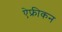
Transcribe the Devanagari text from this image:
ऐफ्रीकन